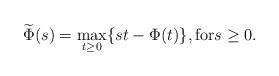
LaTeX: \begin{align*}\widetilde{\Phi}(s) = \max_{t\geq 0}\{ st - \Phi(t)\}, \mbox{for} s\geq0.\end{align*}